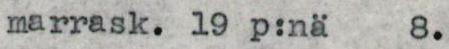
marrask. 19 p:nä 8.